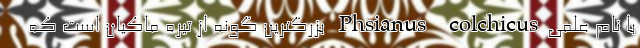
با نام علمیPhsianus colchicus بزرگترین گونه از تیره ماکیان است که